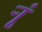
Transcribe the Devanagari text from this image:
र्‍ाू